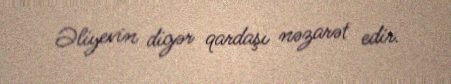
Əliyevin digər qardaşı nəzarət edir.